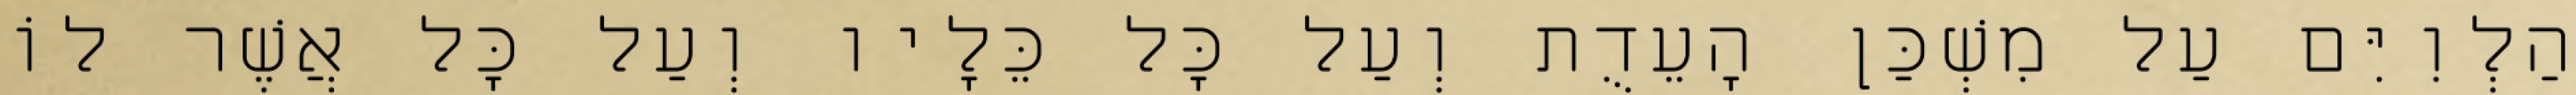
הַלְוִיִּם עַל מִשְׁכַּן הָעֵדֻת וְעַל כָּל כֵּלָיו וְעַל כָּל אֲשֶׁר לוֹ